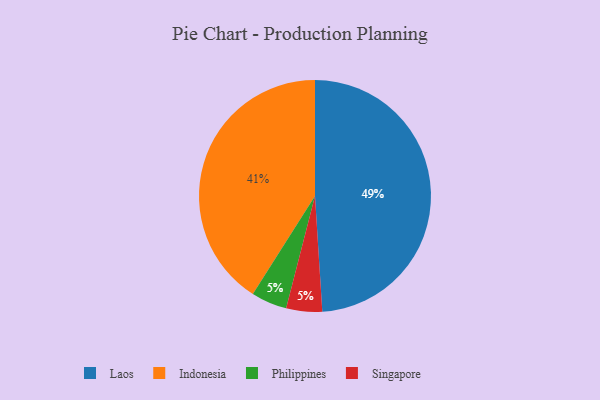
{"axis": {"x": "Category", "y": "Percentage"}, "legend": ["Indonesia", "Laos", "Philippines", "Singapore"], "data": [{"x": "Philippines", "y": 5, "type": "Philippines"}, {"x": "Singapore", "y": 5, "type": "Singapore"}, {"x": "Indonesia", "y": 41, "type": "Indonesia"}, {"x": "Laos", "y": 49, "type": "Laos"}]}